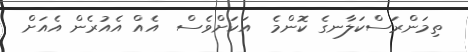
ތިމަންރަސްކަލާނގެ ކޮންމެ  އަކަށްވެސް  އެއް އެއުރެން އެއަށް